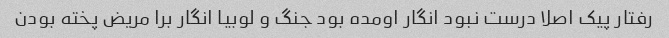
رفتار پیک اصلا درست نبود انگار اومده بود جنگ و لوبیا انگار برا مریض پخته بودن